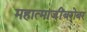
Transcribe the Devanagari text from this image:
महात्माजींबरोबर